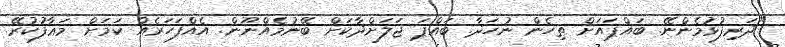
"ދަރިފުޅުމެންނޭ. ބައްޕައަށް ތިހެން ނުހަދާ. ބައްޕަ ޖަލަށްދާކަށް ބޭނުމެއްނޫން. އެއްފަހަރެއް ކަމަށް މަޢާފުކުރޭ.